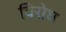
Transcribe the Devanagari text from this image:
विरोघ